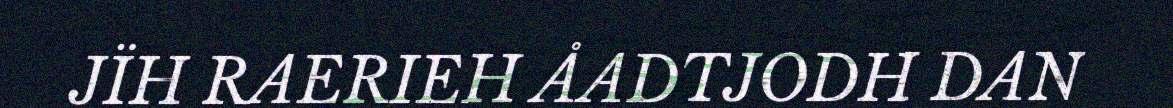
JÏH RAERIEH ÅADTJODH DAN